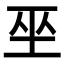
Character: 𭘆